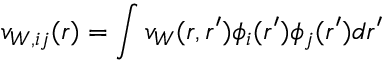
v _ { W , i j } ( r ) = \int v _ { W } ( r , r ^ { \prime } ) \phi _ { i } ( r ^ { \prime } ) \phi _ { j } ( r ^ { \prime } ) d r ^ { \prime }